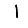
Digit: 1